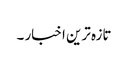
تازہ ترین اخبار ۔